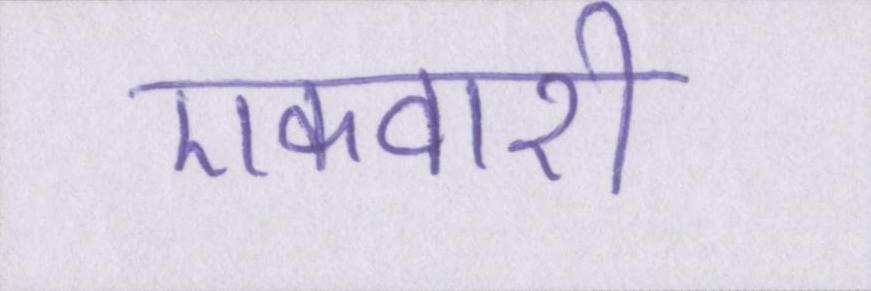
एकवारी